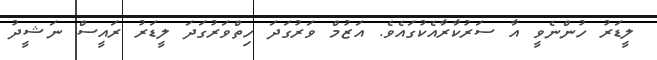
ލީޑަރު ހުންނެވީ އާ ސަރުކާރާއެކުގައެވެ. އަޒުމް ވަރުގަދަ ހިތްވަރުގަދަ ލީޑަރު ރައީސް ނަޝީދު